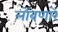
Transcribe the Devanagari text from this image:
लोंबणारे